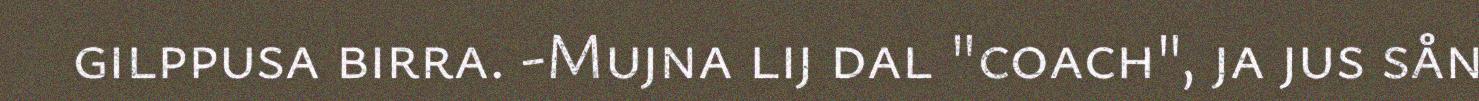
gilppusa birra. -Mujna lij dal "coach", ja jus sån